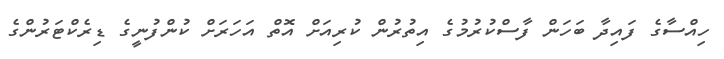
ހިއްސާގެ ފައިދާ ބަހަން ފާސްކުރުމުގެ އިތުރުން ކުރިއަށް އޮތް އަހަރަށް ކުންފުނީގެ ޑިރެކްޓަރުންގެ